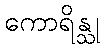
ကောရိန္သု